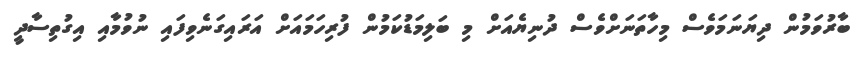
ބާރުވަމުން ދިޔަނަމަވެސް މިހާތަނަށްވެސް ދުނިޔެއަށް މި ބަލިމަޑުކަމުން ފުރިހަމައަށް އަރައިގަނެވިފައި ނުވުމާއި އިގުތިސާދީ